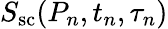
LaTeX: S_{\mathrm{sc}}(P_{n},t_{n},\tau_{n})